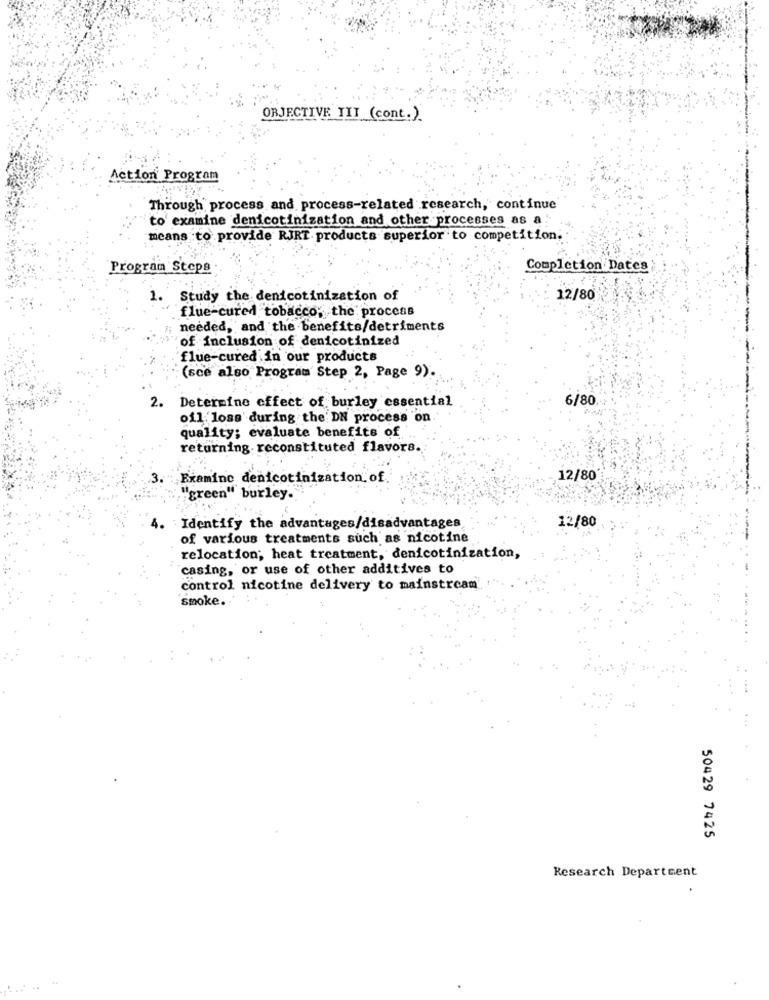
ORJECTIVE TII (cont.).
Action Program
Through process and process-related research, continue
to examine denicotinization and other processes as a
means to provide RJRT products superior to competition.
Program Steps
Completion Dates
1. Study the denicotinization of
12/80
flue-cured tobacco, the process
needed, and the benefits/detriments
of inclusion of denicotinized
flue-cured in our products
(sce also Program' Step 2, Page 9)
2.
6/80
Determine effect of burley essential
oil loss during the DN process on
quality; evaluate benefits of
returning. reconstituted flavors.
3.
Examine denicotinization of
12/80
"green" burley.
12/80
:Identify the advantages/disadvantages
of various treatments such as nicotine
relocation; heat treatment, denicotinization,
casing, or use of other additives to
control nicotine delivery to mainstream
smoke.
50429 7425
Research Department